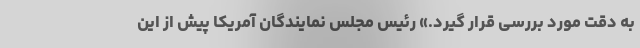
به دقت مورد بررسی قرار گیرد.» رئیس مجلس نمایندگان آمریکا پیش‌ از این